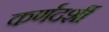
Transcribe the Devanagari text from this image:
कर्णदर्शी